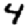
Digit: 4